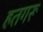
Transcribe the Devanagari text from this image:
हतगरू